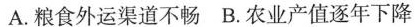
A.粮食外运渠道不畅 B.农业产值逐年下降